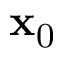
\mathbf { x } _ { \mathrm { 0 } }